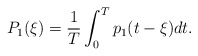
\begin{align*} P_1(\xi)=\frac{1}{T}\int_{0}^{T}p_1(t-\xi)dt.\end{align*}